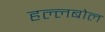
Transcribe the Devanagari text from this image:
हल्लबोल